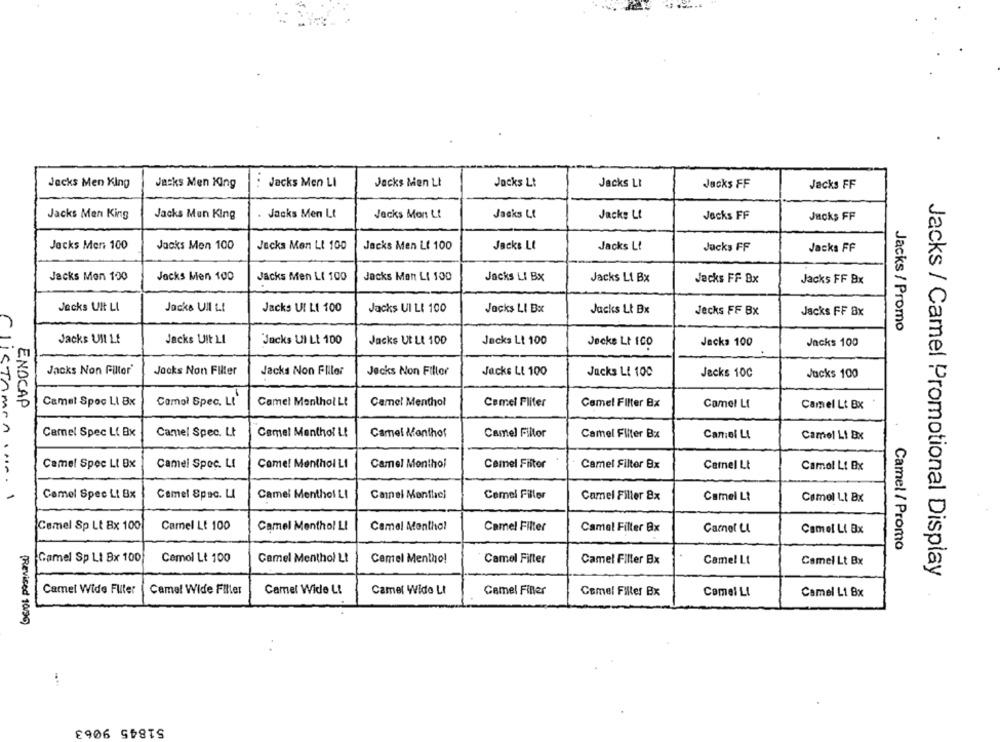
Jacks Men King
Jacks Men King
Jacks Men LI
Jacks Men LI
Jacks Lt
Jacks LI
Jacks FF
Jacks FF
Jacks Men King
Jacks Men King
Jacks Men Lt
Jacks Mon Lt
Jacks Lt
Jacke Lt
Jocks FF
Jacks FF
Jacks Mens 100
Jacks Men 100
Jacks Men Lt 100
Jacks Men LI 100
Jack& Lt
Jacks Lt
Jacks FF
Jacks FF
Jacks Mon 100
Jacks Men 100
Jacks Men LI 100
Jacks Men LI 100
Jacks LI Bx
Jacks LI Bx
Jacks FF Bx
Jacks FF Bx
Jacks Ult LL
Jacks UII LI
Jacks UI LI 100
Jacks UI LI 100
Jacks LI Bx
Jacks Lt Bx
Jecks FF Bx
Jacks FF Bx
Jacks / Promo
Jacks Ull Lf
Jacks Ult LI
"Jacks Ul Lt 100
Jacks Ut LI 100
Jacks Lt 100
Jacks 100
Jacks 100
Jecke Lt 100
Jacks Non Filter'
Jocks Non Filter
Jacks Non Fliler
Jacks Non Filler
Jacks LI 100
Jacks Lt 100
Jecks 100
Jacks 100
ENOCAP
Camel Spec LI Bx
Comol Spec. LI
Camel Menthol Lt
Camel Menthol
Cemel Pliter
Camel Filter Bx
Camel Lf
Camel Lt Bx
Camel Spec Li Bx
Camel Spec. Lt
Camel Menthol L!
Camel Monthof
Camel Fillor
Camel Filter Bx
Camel LI
Camel Li Bx
Camel Spec Lt Bx
Camel Spec. LI
Come! Menthol LI
Camel Menthol
Cemel Filter
Camel Filter Bx
Camel Lt
Camel Lt Bx
CliSTAMEn INA. 1
Camel Spec Lt Bx
Camel Spec. LI
Camel Menthol LI
Cannel Monfle;
Cemel Filler
Camel Filler 8x
Camel Lt
Camel LI Bx
Cemel Sp Lt Bx 100
Camel Lt 100
Camel Menthol LI
Camel Menthol
Camel Filter
Camel Filter Bx
Carnot Ll
Camel Li Bx
Camel / Promo
Gamel Sp Lt Bx 100
Cemol Lt 100
Camel Menthol Lt
Cemel Menthol
Camel Filter
Camel Filler Bx
Camel Lt
Camel Lt Bx
Jacks / Camel Promotional Display
Camel Wide Fuiter
Camel Wide Filler
Camel Wide Lt
Camel Wide LI
Camel Filler
Comel Filler Bx
Camel LI
Camel Li Bx
(Revised 10/96)
51845 9063